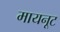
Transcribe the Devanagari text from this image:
मायनूट